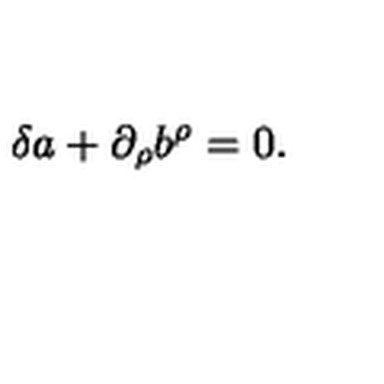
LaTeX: \delta a + \partial _ { \rho } b ^ { \rho } = 0 .